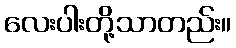
လေးပါးတို့သာတည်း။